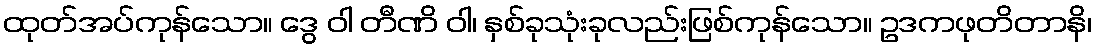
ထုတ်အပ်ကုန်သော။ ဒွေ ဝါ တီဏိ ဝါ၊ နှစ်ခုသုံးခုလည်းဖြစ်ကုန်သော။ ဥဒကဖုတိတာနိ၊